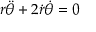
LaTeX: r { \ddot { \theta } } + 2 { \dot { r } } { \dot { \theta } } = 0